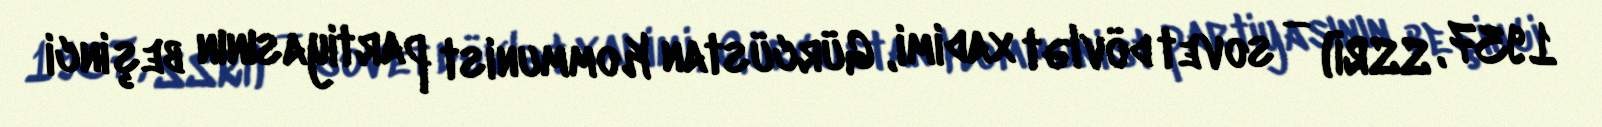
1937, SSRİ) — sovet dövlət xadimi, Gürcüstan Kommunist partiyasının beşinci